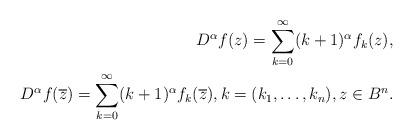
LaTeX: \begin{align*}D^\alpha f(z)=\sum_{k=0}^\infty (k+1)^\alpha f_k(z),\\D^\alpha f(\overline{z})=\sum_{k=0}^\infty (k+1)^\alpha f_k(\overline z), k=(k_1,\ldots,k_n),z\in B^n.\end{align*}